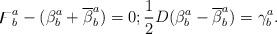
LaTeX: \begin{align*}\digamma_{b}^{a}-(\beta_{b}^{a}+\overline{\beta}_{b}^{a})=0;\frac{1}{2}D(\beta_{b}^{a}-\overline{\beta}_{b}^{a})=\gamma_{b}^{a}.\end{align*}